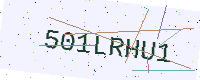
Text: 501LRHU1